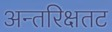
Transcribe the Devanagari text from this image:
अन्तरिक्षतट